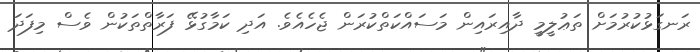
ރަނގަޅުކުރުމަށް ތަޢުލީމީ ދާއިރައިން މަސައްކަތްކުރަން ޖެހެއެވެ. އަދި ކަމާގުޅޭ ފަރާތްތަކުން ވެސް މިފަދަ